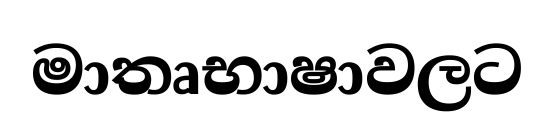
මාතෘභාෂාවලට